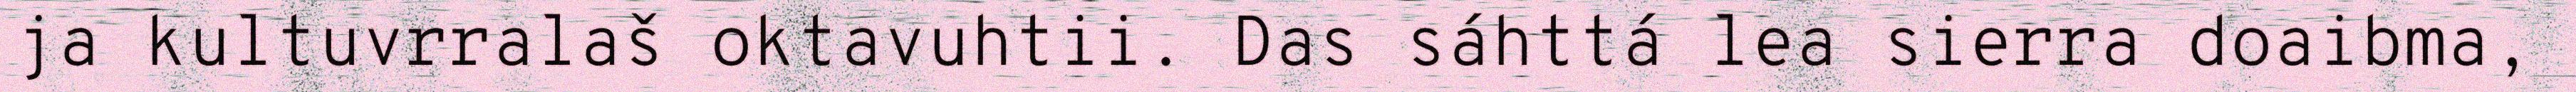
ja kultuvrralaš oktavuhtii. Das sáhttá lea sierra doaibma,